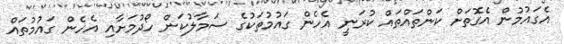
އެގައުމުން އެގޮތަށް ކަންތައްތައް ކުރަނީ އެހެން ގައުމުތަކުގެ ސަމާލުކަން ހޯދުމަށާއި އެހެން ގައުމުތައް